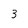
Character: 3